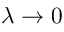
\lambda \to 0